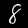
Digit: 8